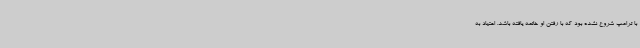
با ترامپ شروع نشده بود که با رفتن او خاتمه یافته باشد. اعتیاد به